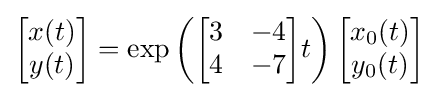
{\begin{bmatrix}x(t)\\y(t)\end{bmatrix}}=\exp \left({\begin{bmatrix}3&-4\\4&-7\end{bmatrix}}t\right){\begin{bmatrix}x_{0}(t)\\y_{0}(t)\end{bmatrix}}